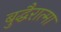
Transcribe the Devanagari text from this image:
बुद्धैरात्मा